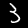
Label: 3